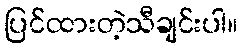
ပြင်ထားတဲ့သီချင်းပါ။